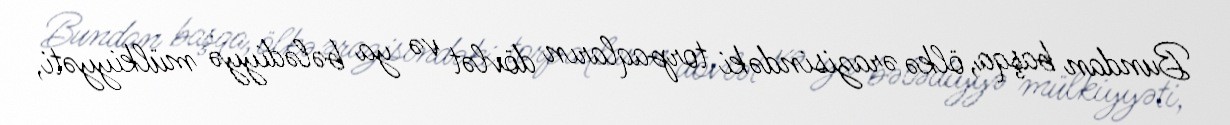
Bundan başqa, ölkə ərazisindəki torpaqların dövlət və ya bələdiyyə mülkiyyəti,